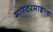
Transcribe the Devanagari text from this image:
मास्टरमाइण्ड